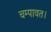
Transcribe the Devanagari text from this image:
चम्पावत।